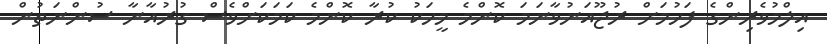
އިލްމުވެރިންގެ ފަހުމަށް ރުޖޫއަނުވާނަމަ ކޮންމެ މީހަކު ކުރާ ކޮންމެ ކަމަކަށްވެސް ގުރުއާނާ ސުންނަތުން